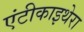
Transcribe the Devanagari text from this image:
एंटीकाइथेरा